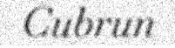
Cubrun